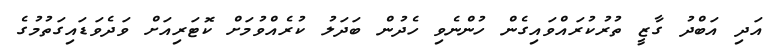
އަދި އަބްދު ގާޒީ ތުރުކުރައްވައިގެން ހުންނެވި ހެދުން ބަދަލު ކުރެއްވުމަށް ކޮޓަރިއަށް ވަދެވަޑައިގަތުމުގެ